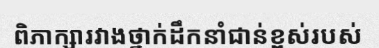
ពិភាក្សារវាងថ្នាក់ដឹកនាំជាន់ខ្ពស់របស់